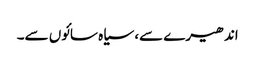
اندھیرے سے، سیاہ سائوں سے۔